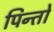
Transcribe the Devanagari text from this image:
पिन्तो